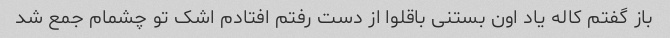
باز گفتم کاله یاد اون بستنی باقلوا از دست رفتم افتادم اشک تو چشمام جمع شد